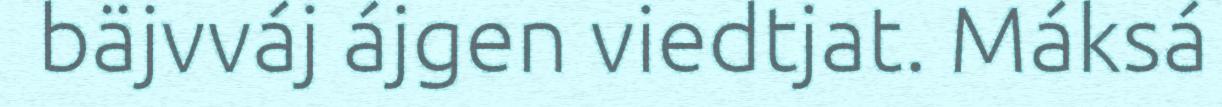
bäjvváj ájgen viedtjat. Máksá